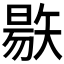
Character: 𥏬